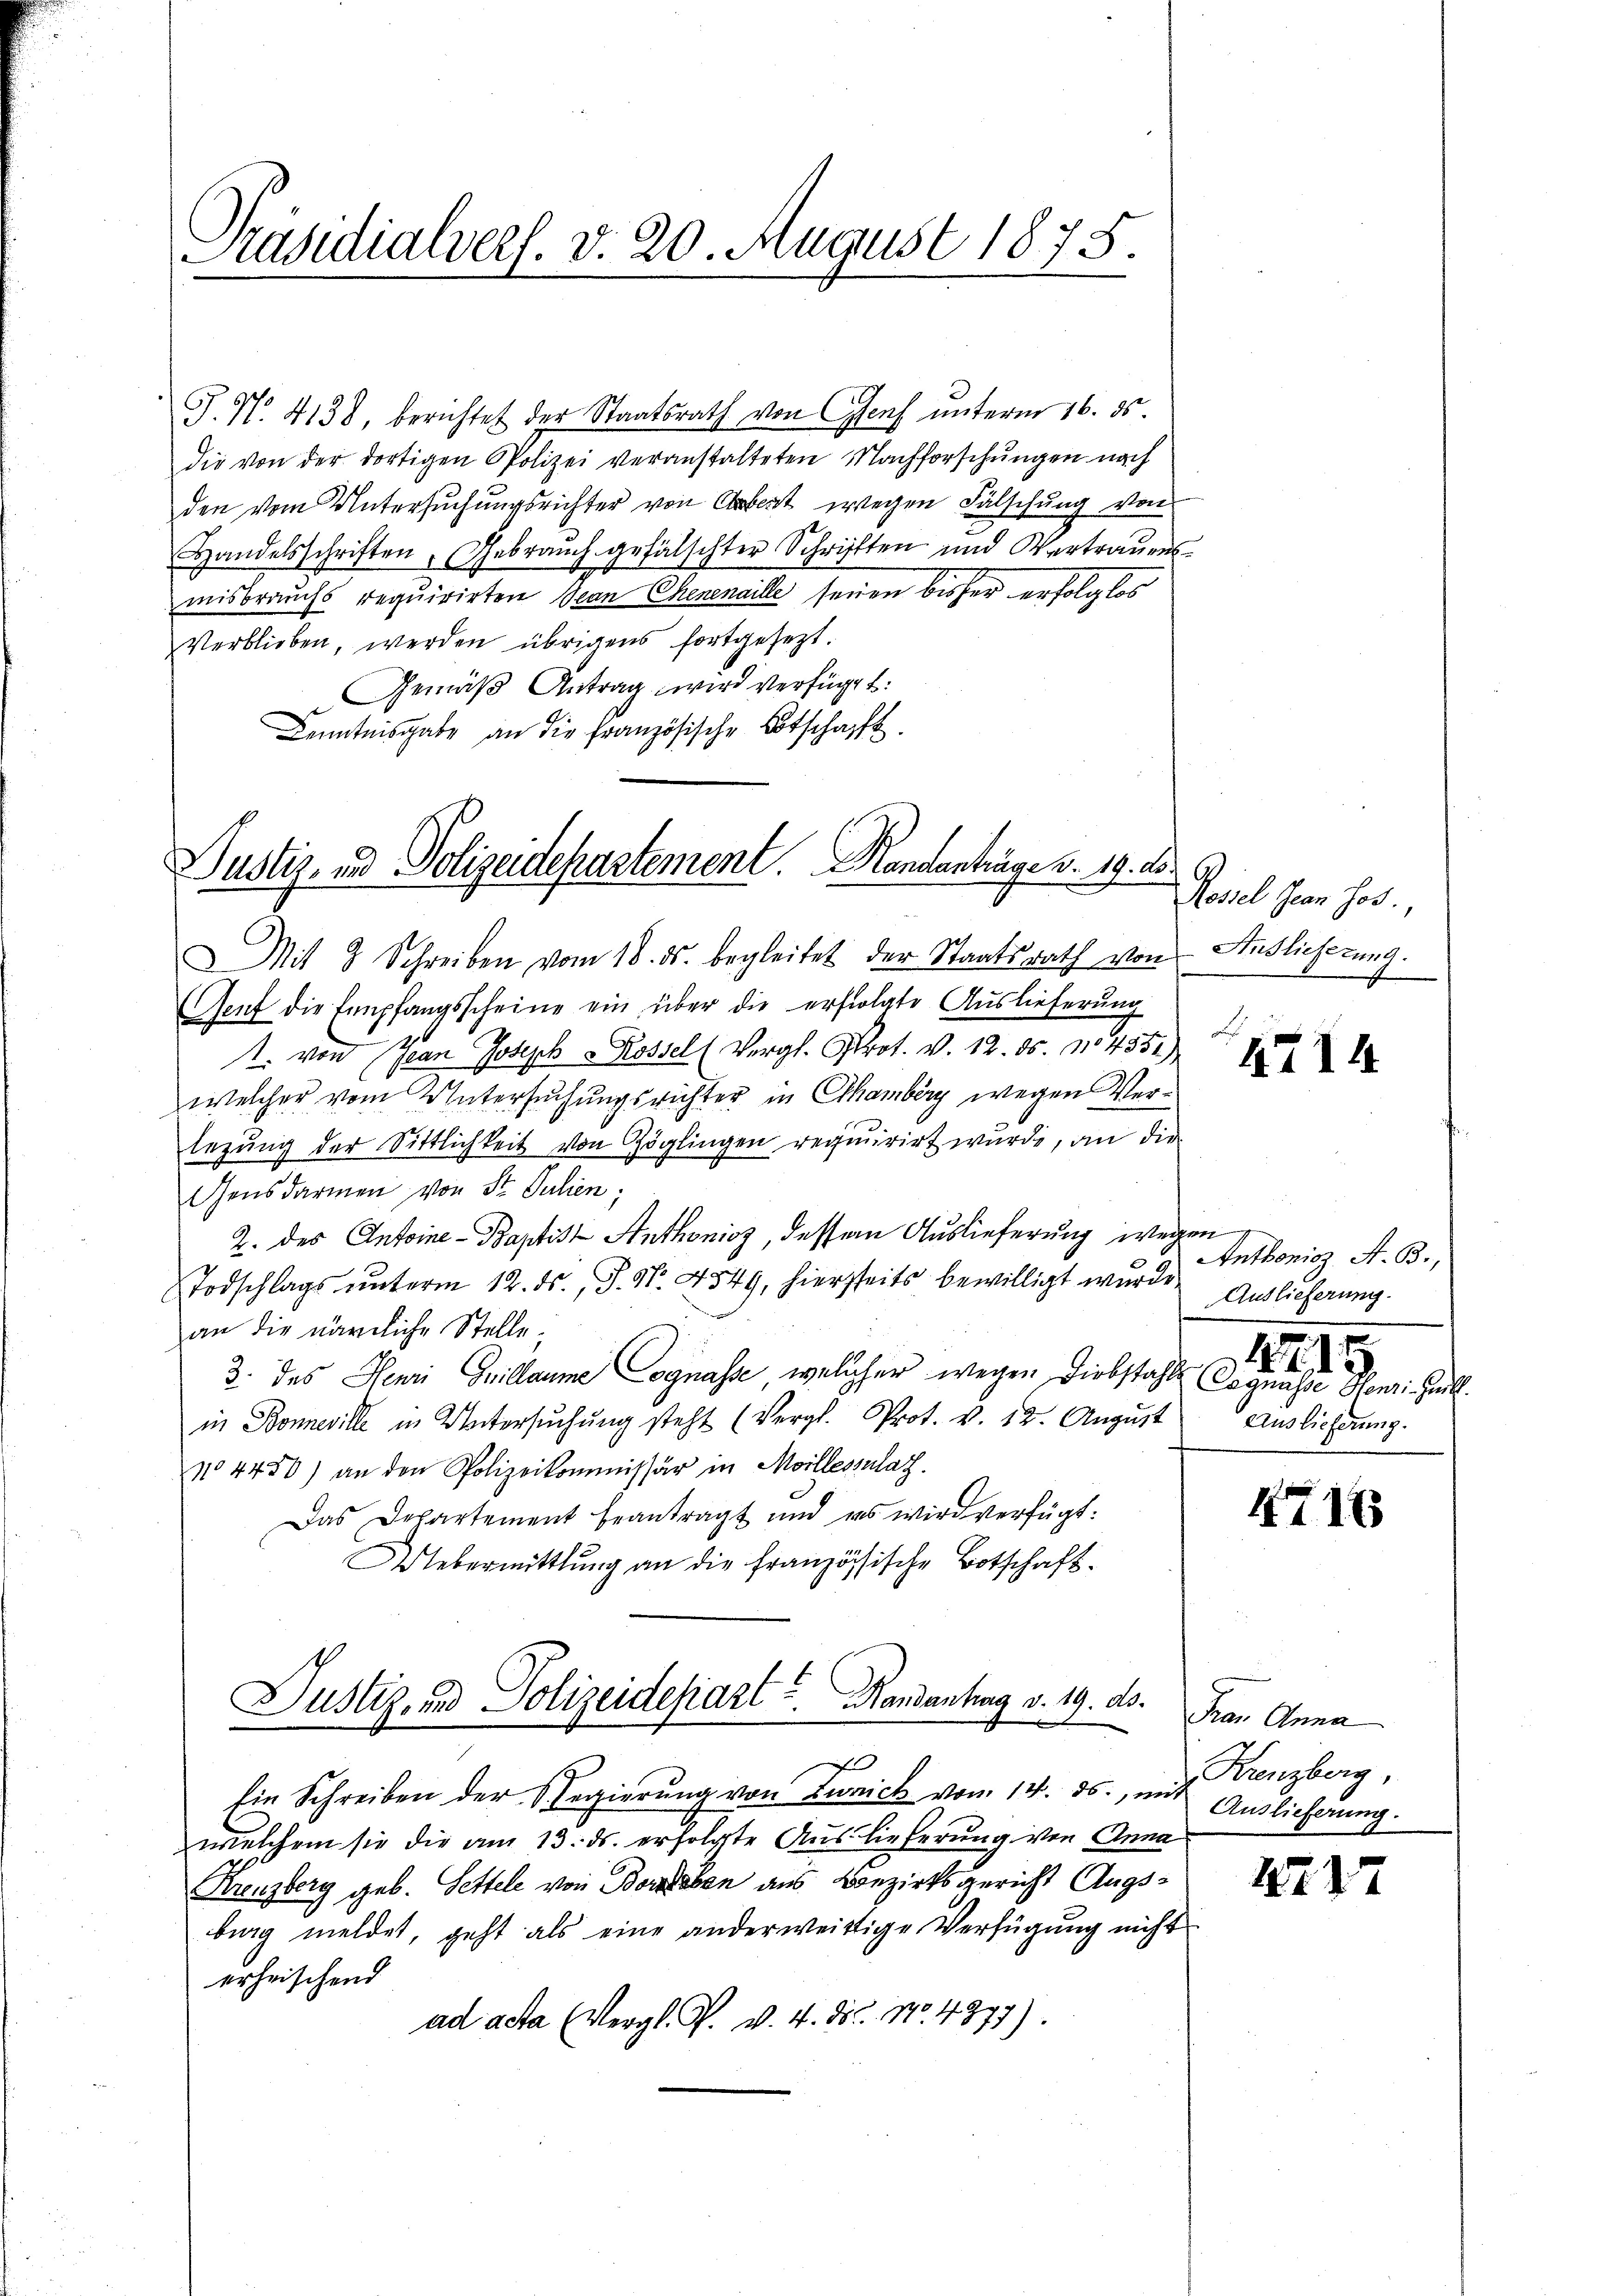
Präsidialvers. v. 20. August 1875.

J. No. 4138, berichtet der Staatsrath von Genf ŭnterm 16. ds.
die von der dortigen Polizei veranstalteten Nachforschŭngen nach
den vom Untersuchungsrichter von Obert wegen Fälschung von
Handelsschriften, Gebrauch gefälschter Schriften und Vertrauens
misbrauchs requirirten Jean Chenenaille seien bisher erfolglos
verblieben, werden übrigens fortgesezt.
Gemäß Antrag wird verfügt:
Kenntnisgabe an die Französische Botschafft.

Justiz- und Polizeidepartement. Mandanträge v. 19. ds.

it 3 Schreiben vom 18. ds. begleitet der Staatsrath von
Genf die Empfangsscheine ein über die erfolgte Auslieferung
1. von Jean Joseph Rossel (Vergl. Prot. v. 12. ds. 104551)
welcher vom Untersuchungsrichter in Chamberg wegen Verlegung der Sittlichkeit von Zöglingen requirirt wurde, an die
Gensdarmen von St. Julien.
2. des Antoine-Baptist Anthonioz, dessen Auslieferung wegen
Todschlags unterm 12. ds., S. Nr. 4849, hierseits bewilligt wurde. Auslieferung.
an die nämliche Stelle
3. des Henri Guillaume Cognasse welcher wegen Diebstahls Cognasse Henri Gall
in Boneville in Untersŭchŭng steht (Vergl. Prot. v. 12. Aŭgŭst Auslieferung.
104450) an den Polizeikommissär in Moillessalat
Das Departement beantragt und es wird verfügt:
Uebermittlung an die französische Botschaft.
Justiz- und Polizeidepart u. Randantag v. 19. ds.
i
sie Schreiben der D. Regierŭng von Zweck von 14. ds., mit Auslieferung
welchem sie die am 13. ds. erfolgte Auslieferung von Anna
Kreuzberg geb. Settele von Borleben aus Bezirksgericht Augsbung meldet, geht als eine anderweittige Verfügung nicht
erheischend
ad acta (Vergl. P. v. 4. ds. No. 4877).

Rossel Jean hos
Auslieferung.

4714

Anthonis, A. B.,
47. 15

4716

Frau Anna
Krenzberg,

471

7